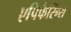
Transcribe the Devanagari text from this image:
एपिफैरिंग्स